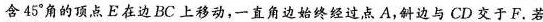
含45°角的顶点E在边BC上移动，一直角边始终经过点A，斜边与CD交于F。若